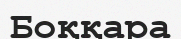
Боққара